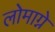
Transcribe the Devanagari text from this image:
लोमाग्ने